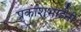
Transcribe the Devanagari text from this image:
प्रकाशभाईनी